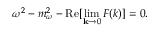
{ \omega } ^ { 2 } - m _ { \omega } ^ { 2 } - \mathrm { R e } [ \operatorname * { l i m } _ { { \bf k } \rightarrow 0 } F ( k ) ] = 0 .